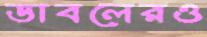
ডাবলেরও